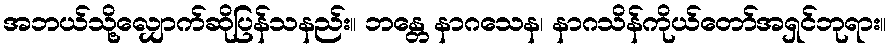
အဘယ်သို့လျှောက်ဆိုပြန်သနည်း။ ဘန္တေ နာဂသေန၊ နာဂသိန်ကိုယ်တော်အရှင်ဘုရား။